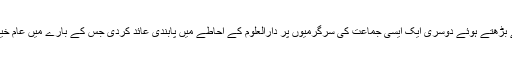
بات یہاں تک نہیں رکی بلکہ شوری نے ایک قدم آگے بڑھتے ہوئے دوسری ایک ایسی جماعت کی سرگرمیوں پر دارالعلوم کے احاطے میں پابندی عائد کردی جس کے بارے میں عام خیال تھا کہ اس نے دارالعلوم کے بطن سے جنم دیا تھا ۔